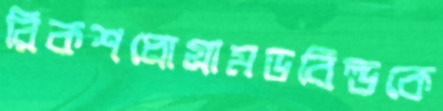
রিকশপ্রোগ্রামডবিল্ডকে